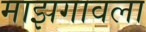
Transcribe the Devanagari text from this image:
माझगावला